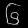
Digit: ၆